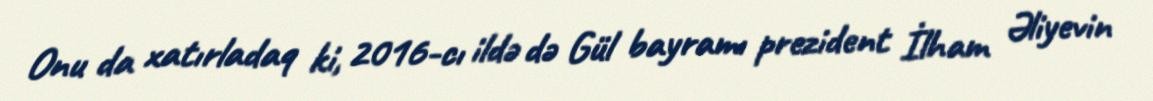
Onu da xatırladaq ki, 2016-cı ildə də Gül bayramı prezident İlham Əliyevin